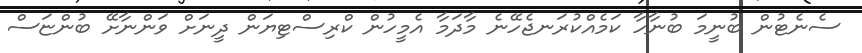
ސެނެޓުން ބުނީމަ ބުނާހާ ކަމެއްކުރަނޖެހޭނެ މާދަމާ އެމީހުން ކްރިސްޓިޔަން ދީނަށް ވަންނާށޭ ބުންޏަސް